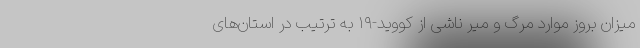
میزان بروز موارد مرگ و میر ناشی از کووید-۱۹ به ترتیب در استان‌های